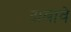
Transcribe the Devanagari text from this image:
दाबावे